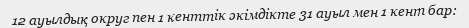
12 ауылдық округ пен 1 кенттік әкімдікте 31 ауыл мен 1 кент бар: